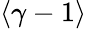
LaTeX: \langle\gamma-1\rangle